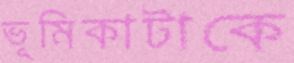
ভূমিকাটাকে